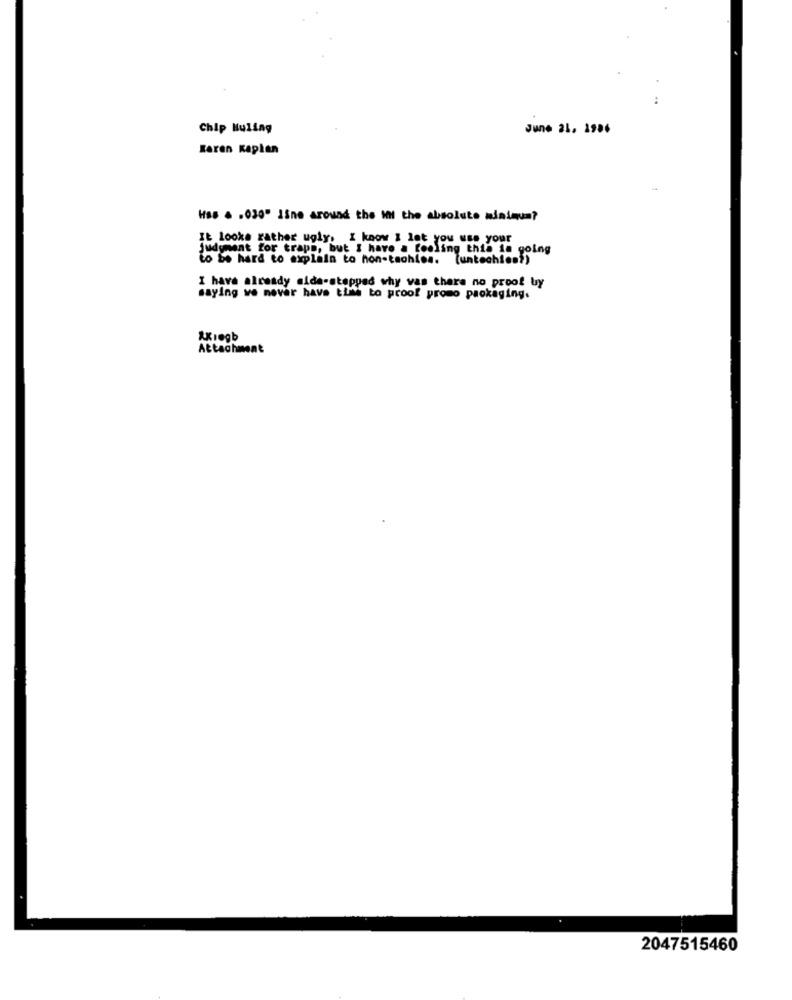
:
Chip Muling
June 2L. 1986
Karen Kaplan
Hss . . 030" ISne around the IN the absolute minimum?
It looks rather ugly. I know I let you use your
Judgment for trapp, but I have a feeling this is going
to be hard to explain to hon-tsohlea. tuntechien?)
I have already alda-stepped why vas thera no proof by
saying we never have time to proof promo packaging.
Akregb
Attachment
2047515460